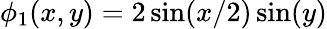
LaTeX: \phi_{1}(x,y)=2\sin(x/2)\sin(y)